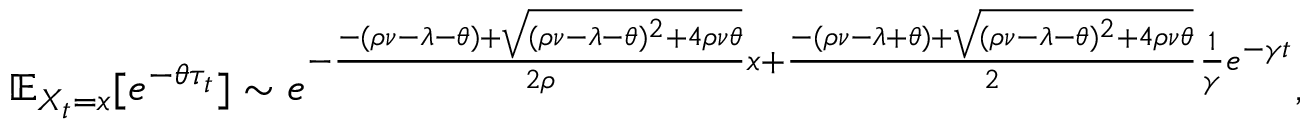
\mathbb { E } _ { X _ { t } = x } [ e ^ { - \theta \tau _ { t } } ] \sim e ^ { - \frac { - ( \rho \nu - \lambda - \theta ) + \sqrt { ( \rho \nu - \lambda - \theta ) ^ { 2 } + 4 \rho \nu \theta } } { 2 \rho } x + \frac { - ( \rho \nu - \lambda + \theta ) + \sqrt { ( \rho \nu - \lambda - \theta ) ^ { 2 } + 4 \rho \nu \theta } } { 2 } \frac { 1 } { \gamma } e ^ { - \gamma t } } ,